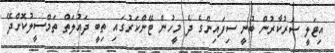
އިޓަލީ ސަރުކާރުން ބުނީ ސިފައިންގެ ދެ މީހުން ޓޭންކަރުގައި ތިބީ ދައުލަތް ތަމްސީލުކޮށްދޭ